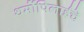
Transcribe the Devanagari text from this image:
थर्मोपिलाईचे